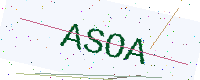
Text: ASOA